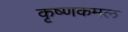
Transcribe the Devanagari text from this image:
कृष्णकमल